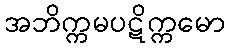
အဘိက္ကမပဋိက္ကမော